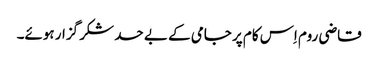
قاضی روم اِس کام پر جامی کے بے حد شکر گزار ہوئے۔